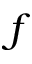
\boldsymbol { f }